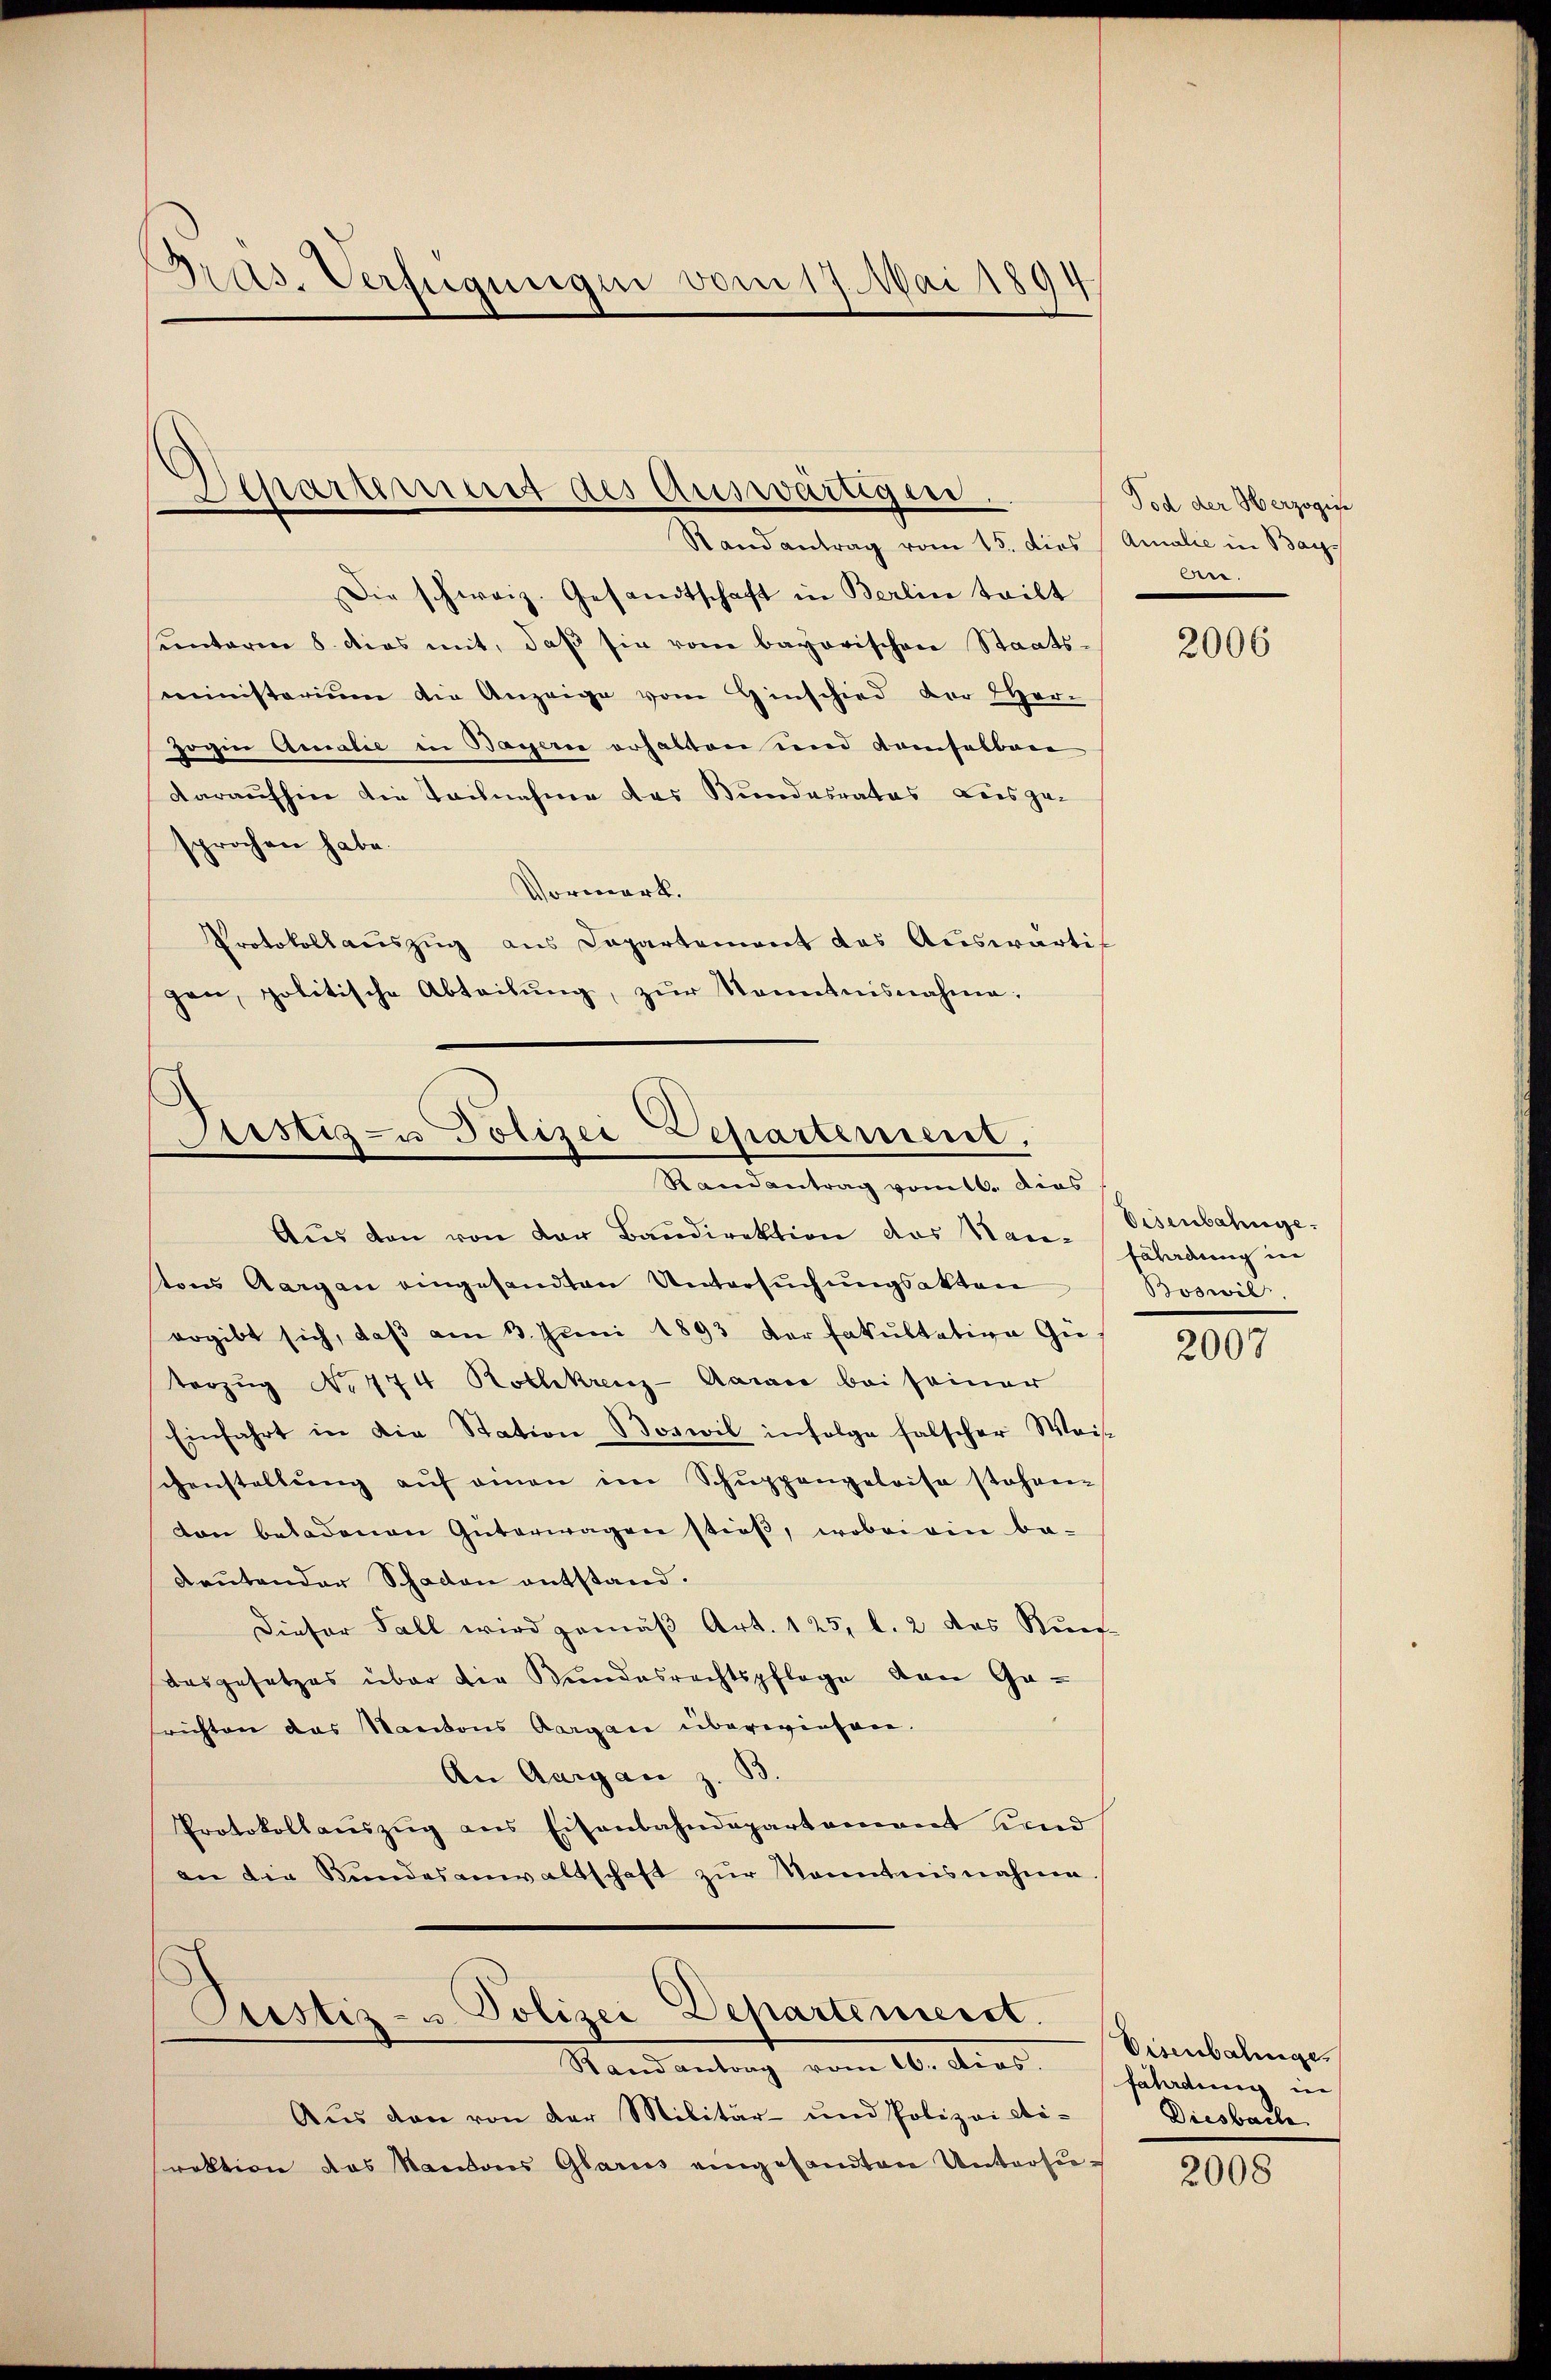
Drus. Verfügungen vom 17. Mai 1894

Departement des Auswärtigen.
Randantrag vom 15. dies   Amalie in Bay

Justiz- u Polizei Departement,
Randantrag vom 16. dies

Custiz- u Polizei-Departemeist.
Standentrag vom 16. dies

Die schweiz. Gesandtschaft in Berlin teilt
sunterm 8. dies mit, daβ sie vom bayorischen Staatsmiinisterium die Anzeige vom Ginschied der Her-
zogin Arealie in Basserne erhalten und kamselbare
daraufhier die Teilnahme das Bundesrates Beisgesprochen habe.
Vormerk.
Protokollauszug aus Capartement des Auswärtigen, politische Abteilung, zur Kenntnisnahme:

Aus den von der Militär- und Polizei eti-
raktion das Mandones Glarus eingesandten Untersu¬

Tod der Herzogis
An.

Aŭs den von der Baŭdirektion das Han-
tons Aargau eingesandten Untersuchungsakten
ergibt sich, daβ am 13. Juni 1893 der Fakultative Gie
terzug No 474 Rothkreuz-Aaraić bei seiner
Einfahrt in die Station Boswil infolge falscher Weis-
genstellung auf einen im Schuppengeleise stehen
ton beladenen Güterwagen stieß, wobei ein be-
Reŭtender Schaden entstand.
Dieser Fall wird gemäß Art. 125, l. 2 des Kuns
aasgesetzes über die Bundesrechtspflege den Gasrichten das Kantons Aargau überwiesen.
An Aargau z. B.
Protokollauszug aus Eisenbahndepartement sind
an die Bundesanwaltschaft zur Kenntnisnahme

2006

Eisenbahnge
fährdung in
Boswil

2007

Eisenbahnge
fährdung in
Diesbache

2008